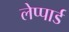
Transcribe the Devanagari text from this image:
लेप्पार्ड